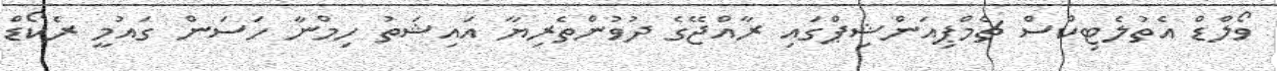
ވޯލްޑް އެތުލެޓިކްސް ޗެމްޕިއަންޝިޕްގައި ރާއްޖޭގެ ދުވުންތެރިޔާ އައިޝަތު ހިމްނާ ހަސަން ގައުމީ ރެކޯޑް